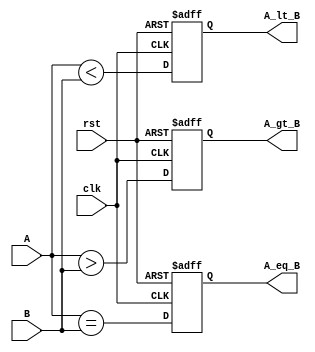
module parameterized_comparator #(
    parameter WIDTH = 8 // Parameter for input width
) (
    input wire [WIDTH-1:0] A,  // First input
    input wire [WIDTH-1:0] B,  // Second input
    output reg A_gt_B,         // A greater than B
    output reg A_lt_B,         // A less than B
    output reg A_eq_B,         // A equal to B
    input wire clk,            // Clock signal (optional)
    input wire rst             // Reset signal (optional)
);

    // Behavioral logic for comparison
    always @(posedge clk or posedge rst) begin
        if (rst) begin
            A_gt_B <= 1'b0;
            A_lt_B <= 1'b0;
            A_eq_B <= 1'b0;
        end else begin
            A_gt_B <= (A > B);
            A_lt_B <= (A < B);
            A_eq_B <= (A == B);
        end
    end

endmodule